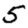
Digit: 5